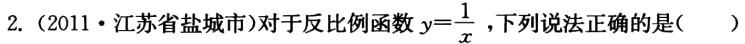
2. (2011·江苏省盐城市)对于反比例函数$y = \frac{1}{x}$，下列说法正确的是( )